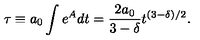
\tau \equiv a _ { 0 } \int e ^ { A } d t = \frac { 2 a _ { 0 } } { 3 - \delta } t ^ { ( 3 - \delta ) / 2 } .